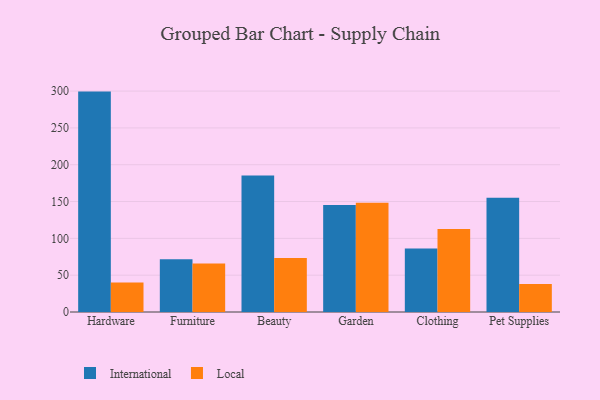
{"axis": {"x": "Category", "y": "Production Output"}, "legend": ["International", "Local"], "data": [{"x": "Hardware", "y": 299.3, "type": "International"}, {"x": "Hardware", "y": 39.9, "type": "Local"}, {"x": "Furniture", "y": 71.6, "type": "International"}, {"x": "Furniture", "y": 66.0, "type": "Local"}, {"x": "Beauty", "y": 185.5, "type": "International"}, {"x": "Beauty", "y": 73.4, "type": "Local"}, {"x": "Garden", "y": 145.3, "type": "International"}, {"x": "Garden", "y": 148.3, "type": "Local"}, {"x": "Clothing", "y": 86.2, "type": "International"}, {"x": "Clothing", "y": 112.6, "type": "Local"}, {"x": "Pet Supplies", "y": 155.1, "type": "International"}, {"x": "Pet Supplies", "y": 38.0, "type": "Local"}]}